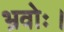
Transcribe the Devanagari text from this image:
भ्रवोः।